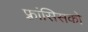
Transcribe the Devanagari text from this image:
फ़्रांसिसको